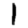
Digit: 1